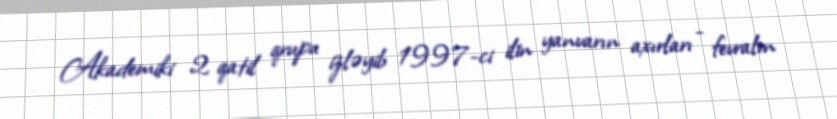
Akademiki 2 qatil qrupu izləyib 1997-ci ilin yanvarın axırları - fevralın